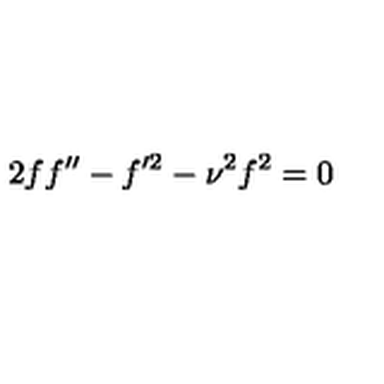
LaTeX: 2 f f ^ { \prime \prime } - f ^ { \prime 2 } - \nu ^ { 2 } f ^ { 2 } = 0